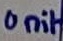
Text: Unit